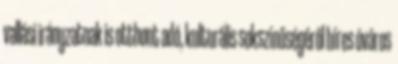
vallási irányzatnak is otthont adó, kulturális sokszínűségéről híres óváros